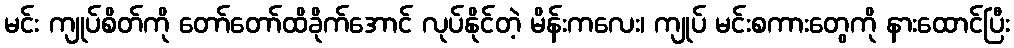
မင်း ကျုပ်စိတ်ကို တော်တော်ထိခိုက်အောင် လုပ်နိုင်တဲ့ မိန်းကလေး၊ ကျုပ် မင်းစကားတွေကို နားထောင်ပြီး